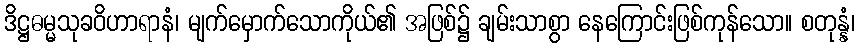
ဒိဋ္ဌဓမ္မသုခဝိဟာရာနံ၊ မျက်မှောက်သောကိုယ်၏ အဖြစ်၌ ချမ်းသာစွာ နေကြောင်းဖြစ်ကုန်သော။ စတုန္နံ၊